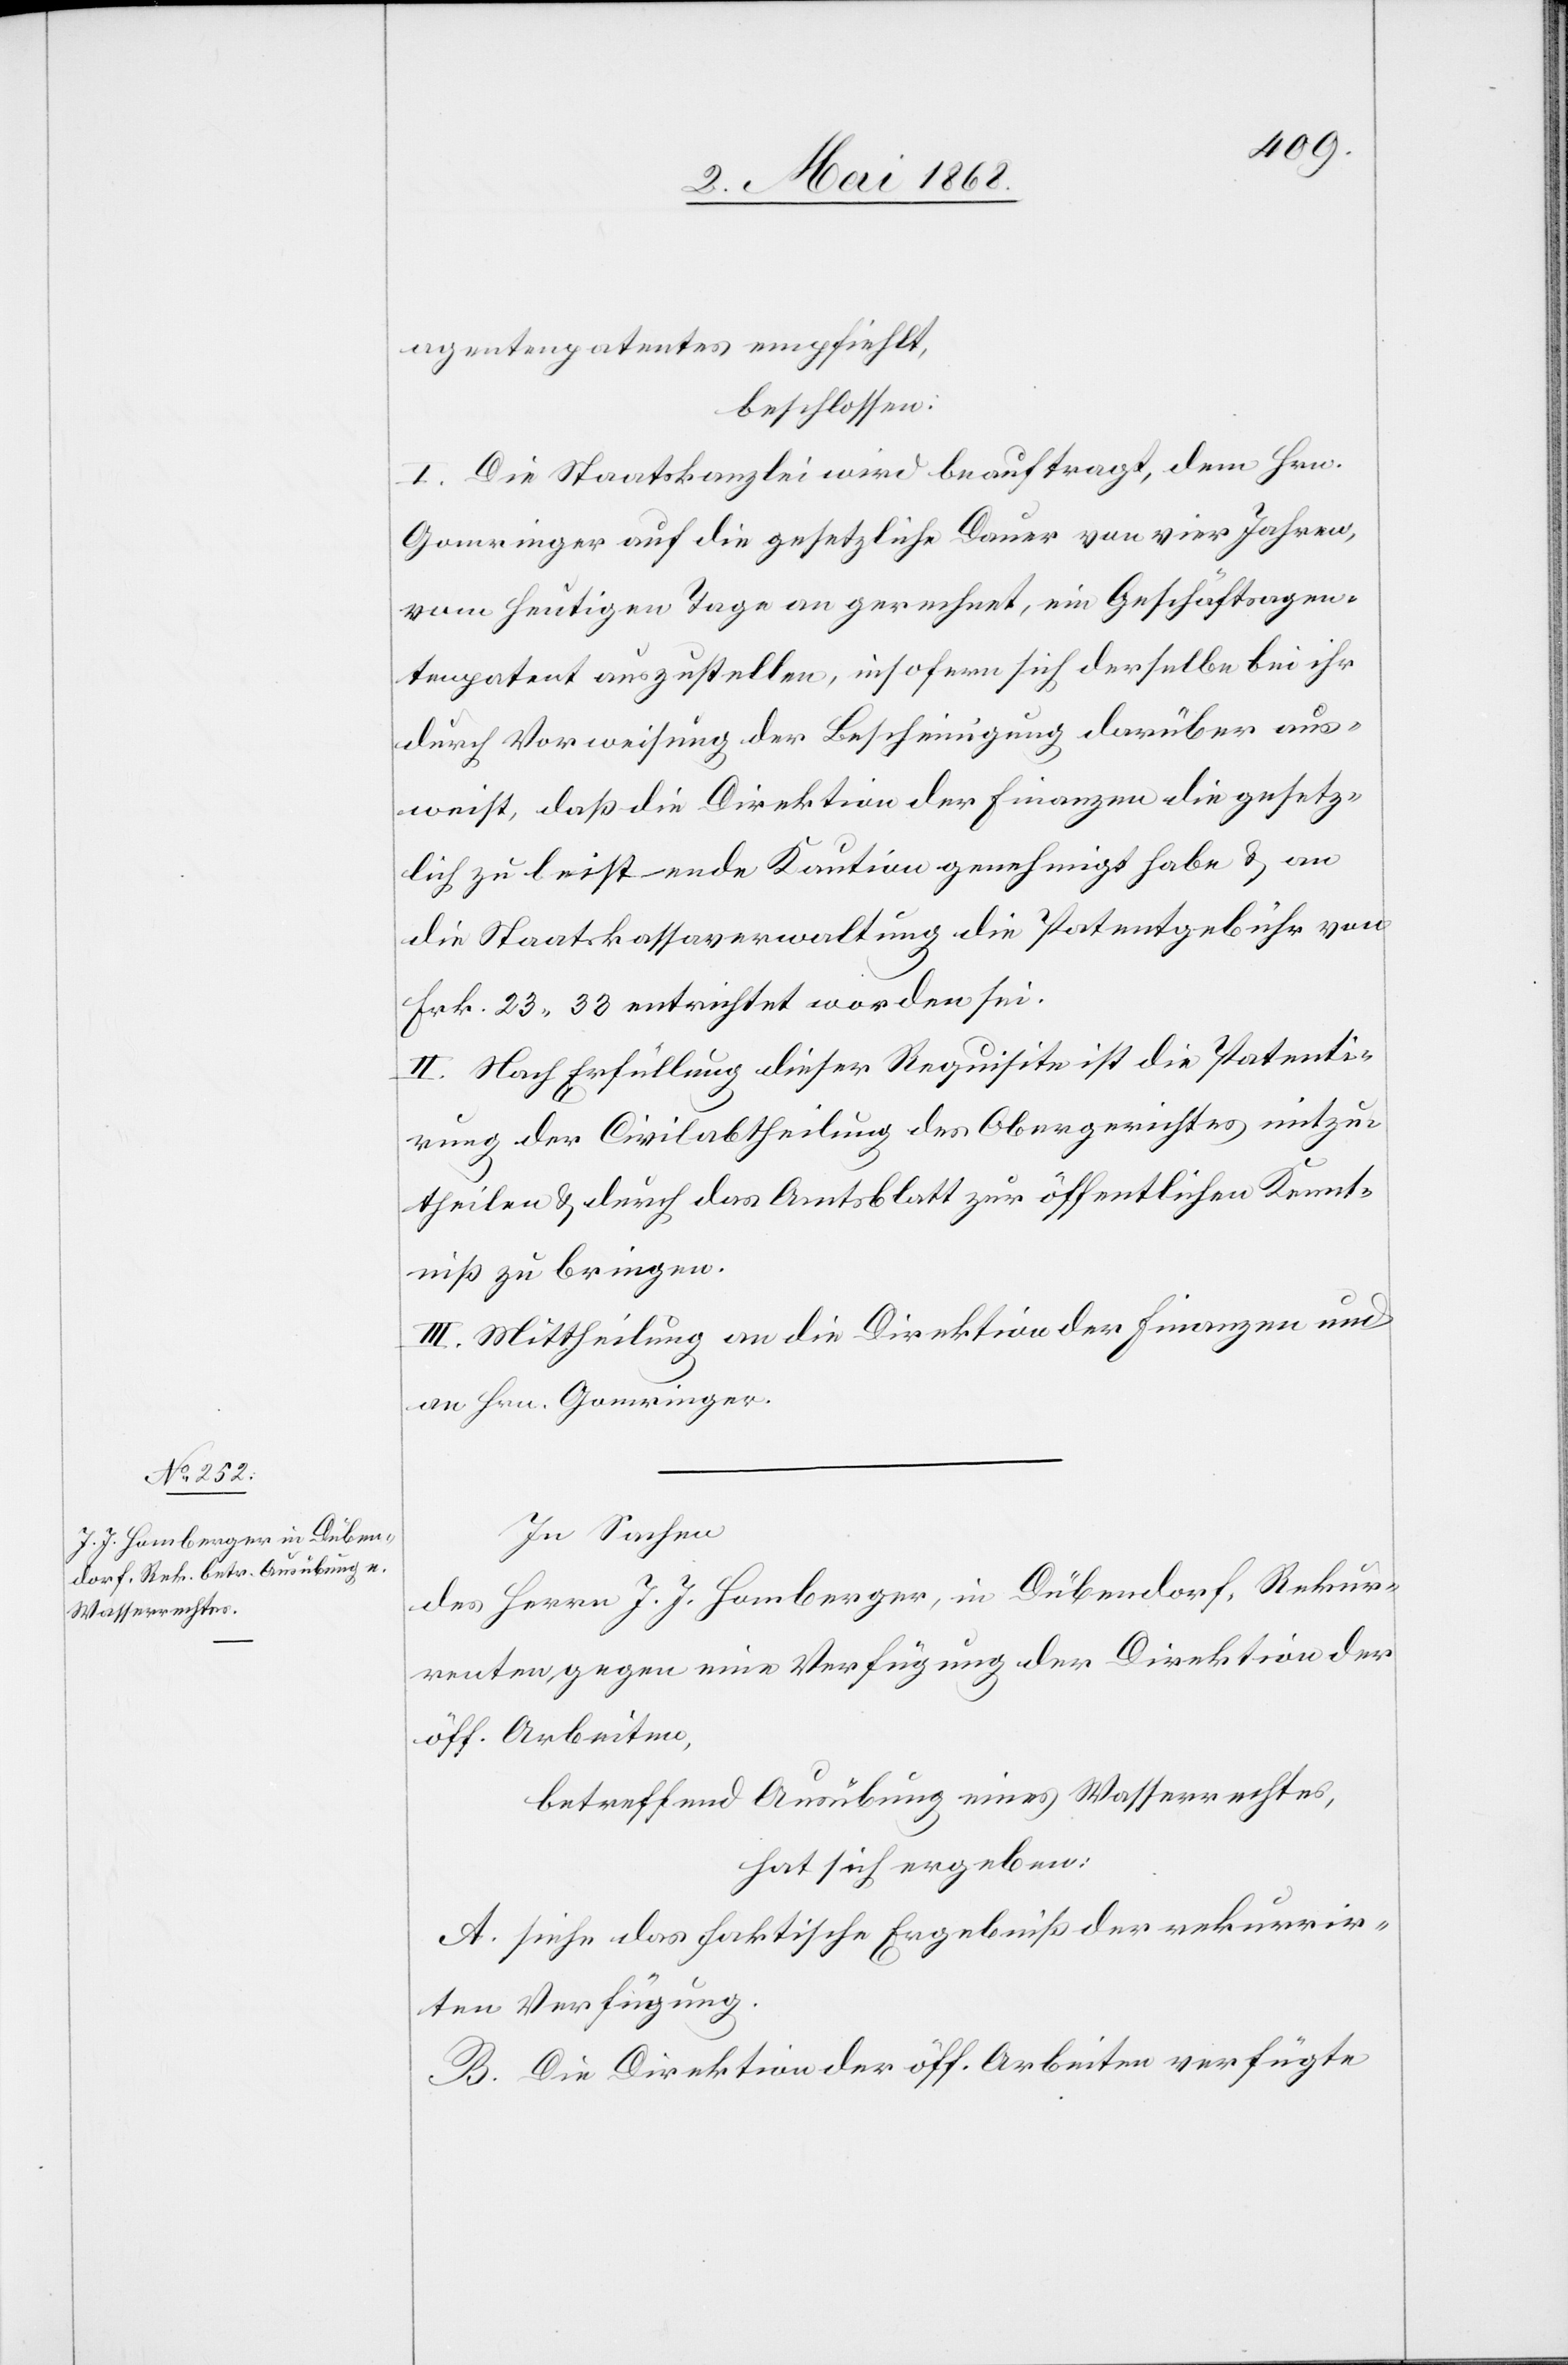
agentenpatentes empfiehlt,
beschlossen:
I. Die Staatskanzlei wird beauftragt, dem Hrn.
Gomringer auf die gesetzliche Dauer von vier Jahren,
vom heutigen Tage an gerechnet, ein Geschäftsagen¬
tenpatent auszustellen, insofern sich derselbe bei ihr
durch Vorweisung der Bescheinigung darüber aus¬
weist, daß die Direktion der Finanzen die gesetz¬
lich zu leistende Kaution genehmigt habe & an
die Staatskassaverwaltung die Patentgebühr von
Frk. 23. 33 entrichtet worden sei.
II. Nach Erfüllung dieser Requisite ist die Patenti¬
rung der Civilabtheilung des Obergerichtes mitzu¬
theilen & durch das Amtsblatt zur öffentlichen Kennt¬
niß zu bringen.
III. Mittheilung an die Direktion der Finanzen und
an Hrn. Gomringer.
In Sachen
des Herrn J. J. Homberger, in Dübendorf, Rekur¬
renten gegen eine Verfügung der Direktion der
öff. Arbeiten,
betreffend Ausübung eines Wasserrechtes,
hat sich ergeben:
A. siehe das faktische Ergebniß der rekurrir¬
ten Verfügung.
B. Die Direktion der öff. Arbeiten verfügte